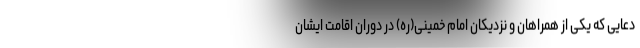
دعایی که یکی از همراهان و نزدیکان امام خمینی(ره) در دوران اقامت ایشان